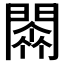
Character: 𨵼